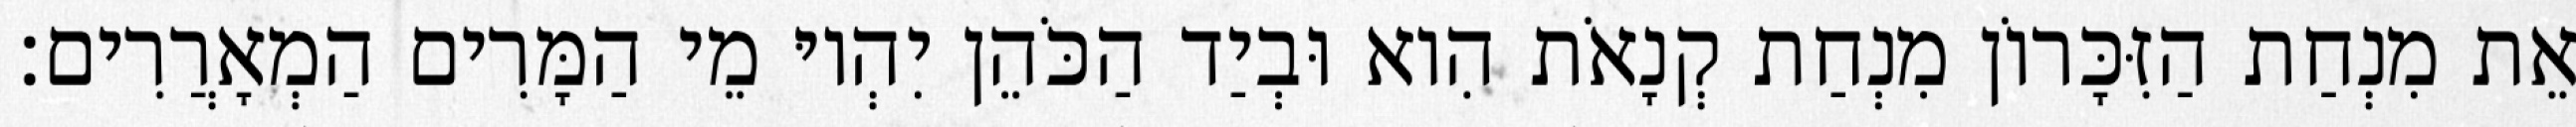
אֵת מִנְחַת הַזִּכָּרוֹן מִנְחַת קְנָאֹת הִוא וּבְיַד הַכֹּהֵן יִהְיוּ מֵי הַמָּרִים הַמְאָרֲרִים׃